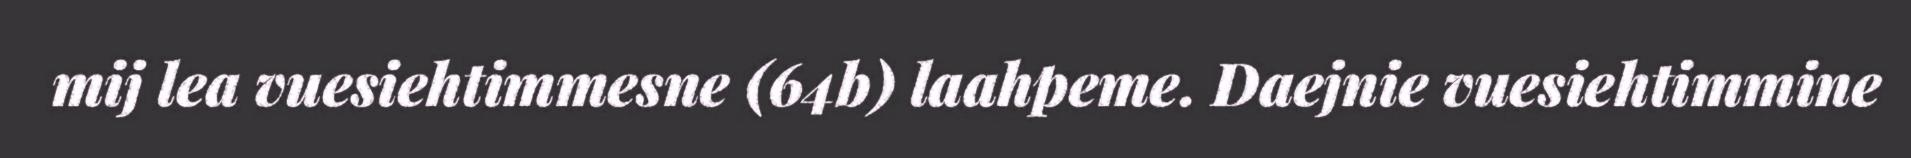
mij lea vuesiehtimmesne (64b) laahpeme. Daejnie vuesiehtimmine